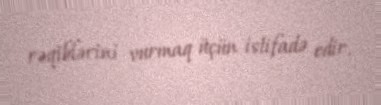
rəqiblərini vurmaq üçün istifadə edir.